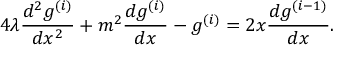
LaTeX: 4 \lambda \frac { d ^ { 2 } g ^ { ( i ) } } { d x ^ { 2 } } + m ^ { 2 } \frac { d g ^ { ( i ) } } { d x } - g ^ { ( i ) } = 2 x \frac { d g ^ { ( i - 1 ) } } { d x } .